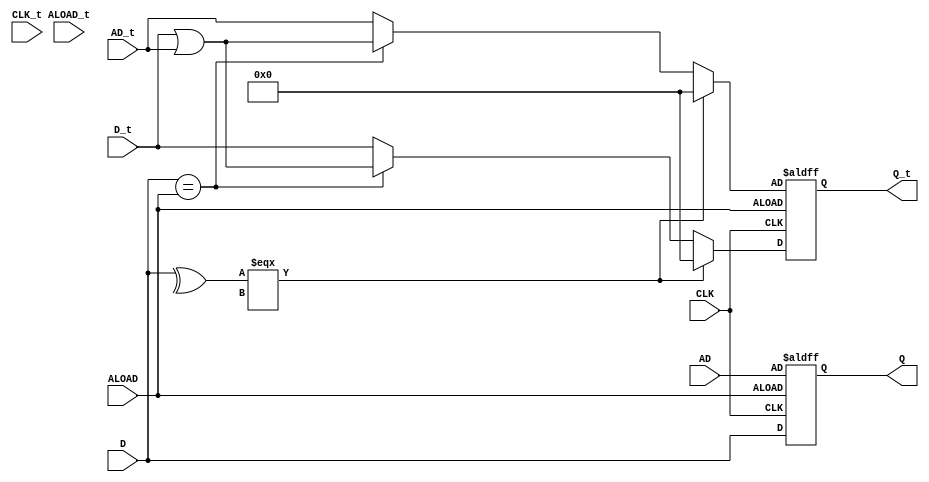
module m_0 (AD, AD_t, ALOAD, ALOAD_t, CLK, CLK_t, D, D_t, Q, Q_t);

parameter WIDTH = 2;
parameter CLK_POLARITY = 1'b1;
parameter ALOAD_POLARITY = 1'b1;

input CLK, ALOAD;
input [WIDTH-1:0] AD;
input [WIDTH-1:0] D;
input [31:0] AD_t;
input [31:0] D_t;
input [31:0] CLK_t;
input [31:0] ALOAD_t;
output reg [WIDTH-1:0] Q;
output reg [31:0] Q_t;
wire pos_clk = CLK == CLK_POLARITY;
wire pos_aload = ALOAD == ALOAD_POLARITY;

initial begin
    Q_t = 0;
end

always @(posedge pos_clk, posedge pos_aload) begin
	if (pos_aload) begin
		Q <= AD;
		Q_t <= (^D === 1'bx) ? 0 : ((D == ALOAD) ? (D_t | AD_t) : AD_t);
	end
	else begin
		Q <= D;
		Q_t <= (^D === 1'bx) ? 0 : ((D == ALOAD) ? (D_t | AD_t) : D_t);
	end
end

endmodule